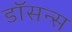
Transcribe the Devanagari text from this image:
डॉसन्स